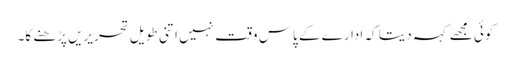
کوئی مجھے کہہ دیتا کہ ادارے کے پاس وقت نہیں اتنی طویل تحریریں پڑھنے کا۔